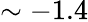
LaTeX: \sim-1.4